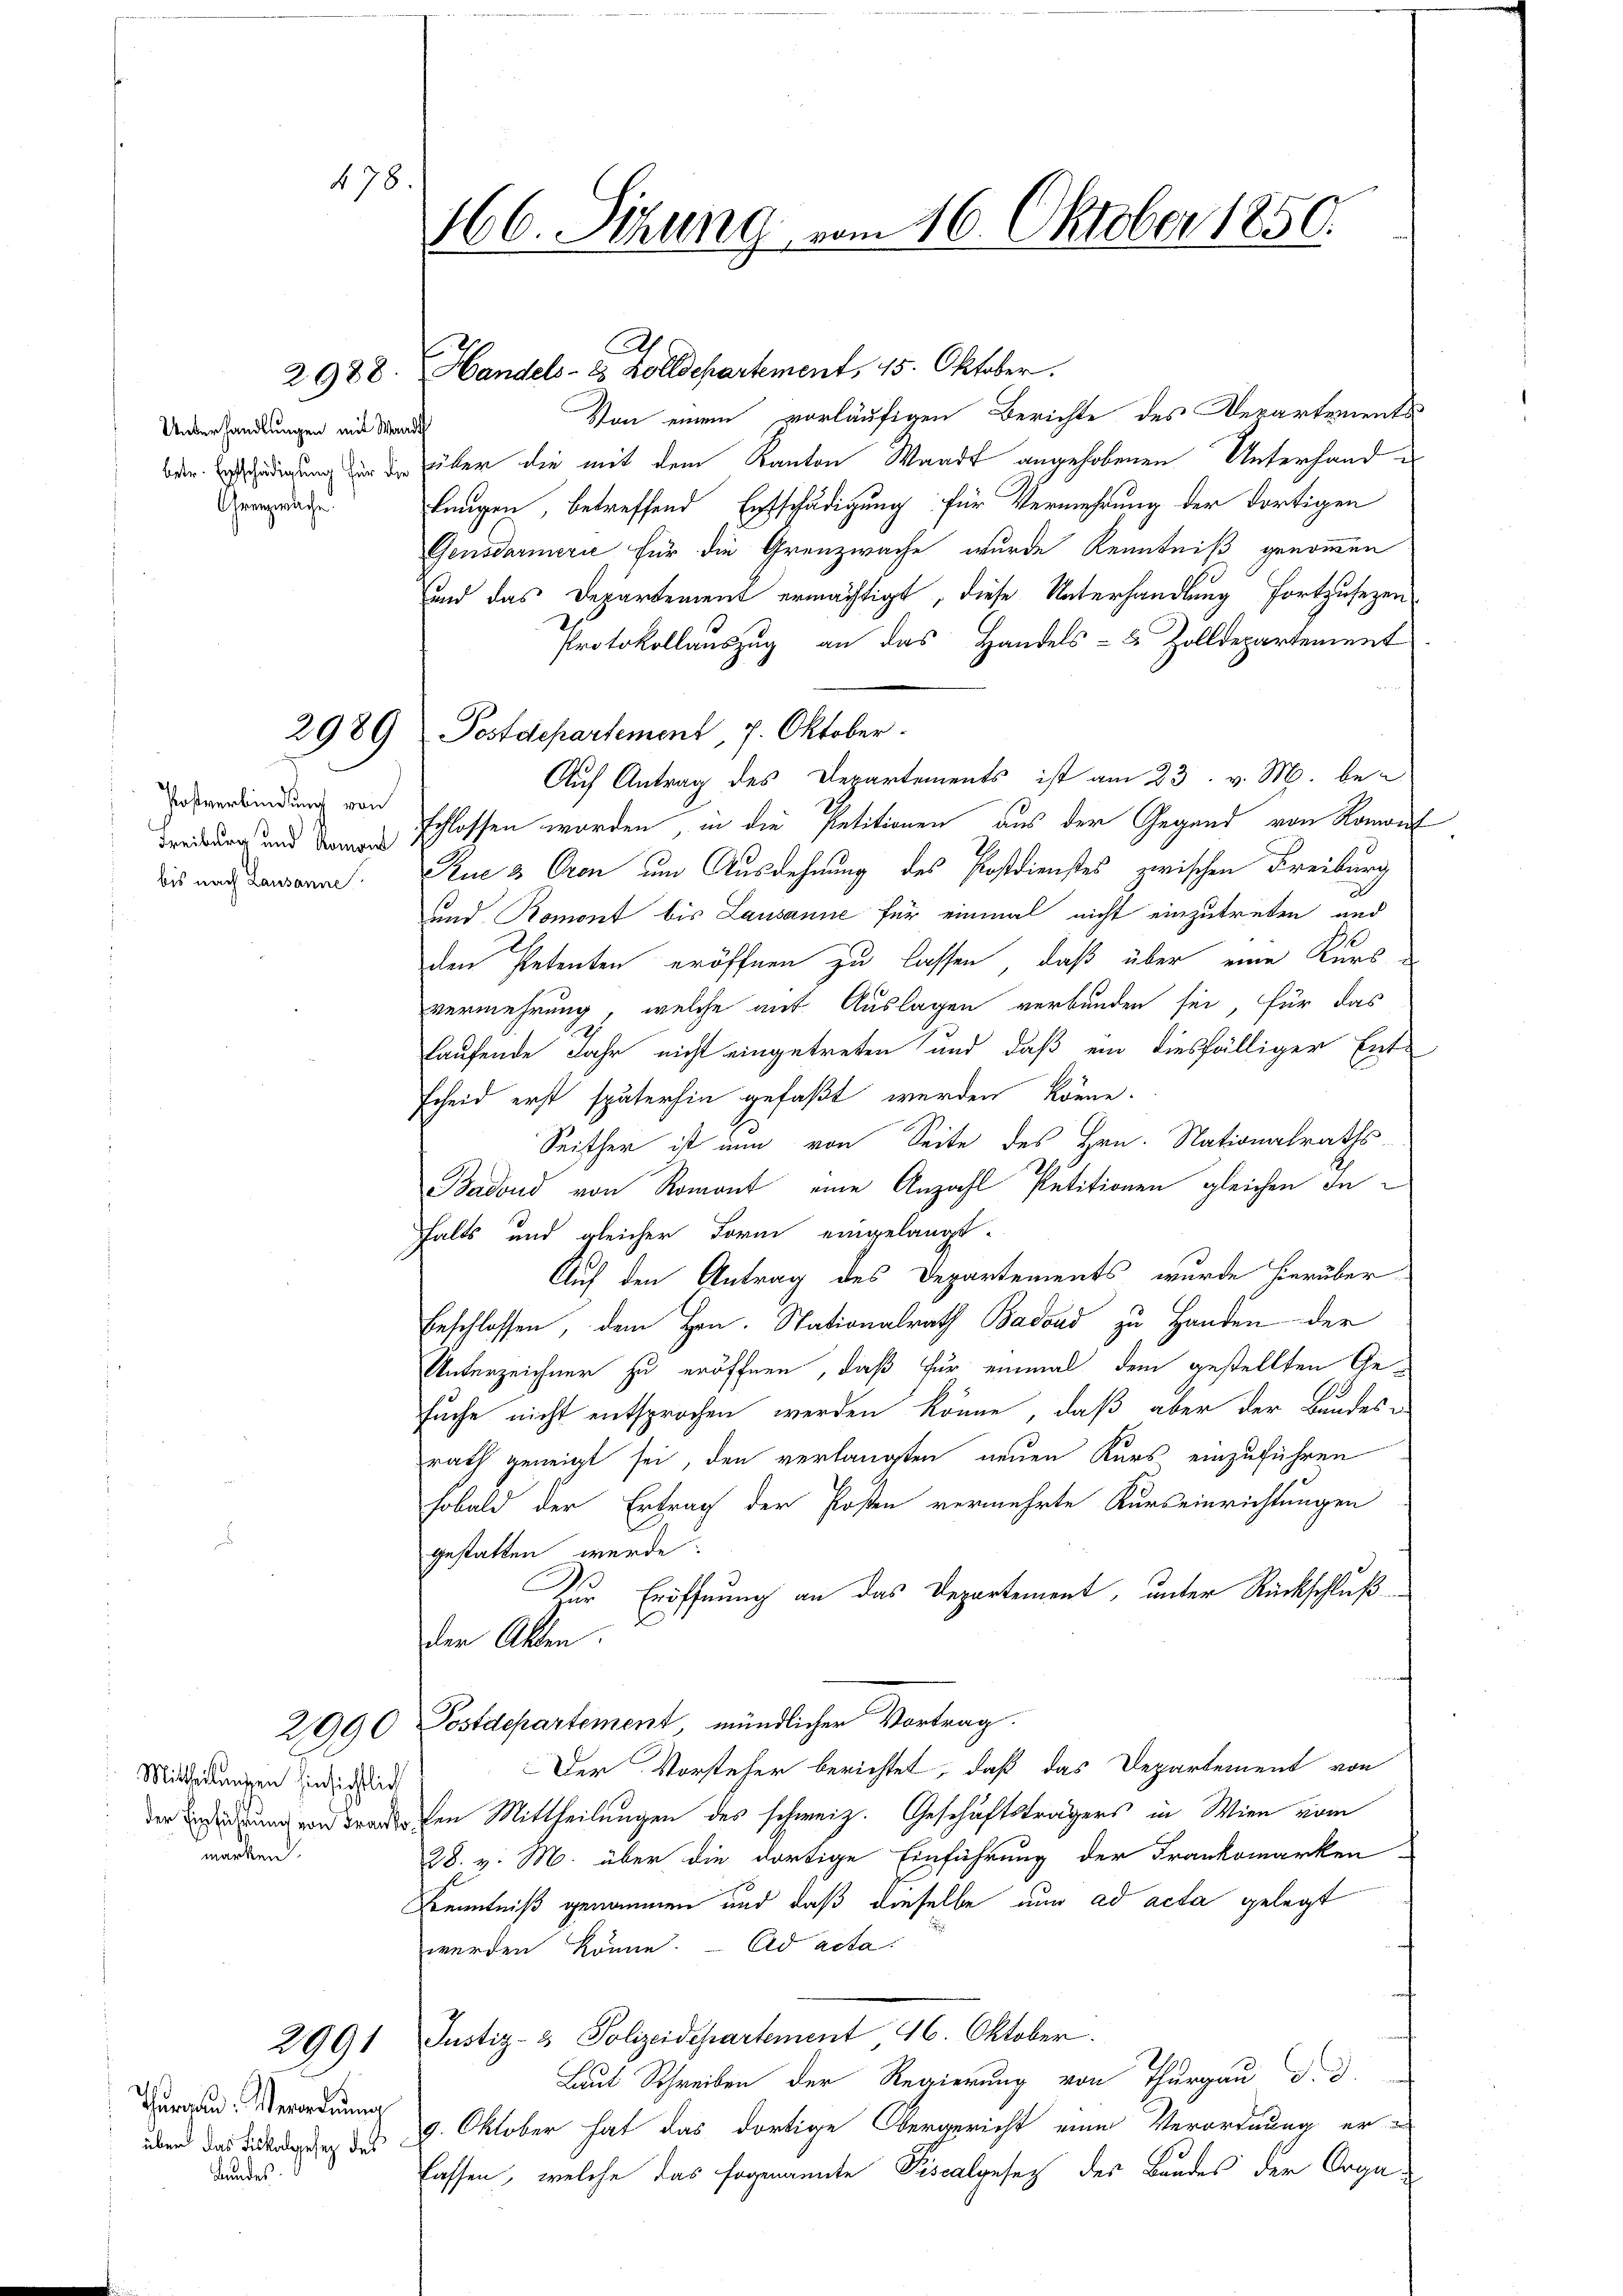
166. Sizung vom 16. Oktober 1850.

478

Unterhandlungen mit Wandth
Chenwache

Postverbindung von

Mittheilungen hinsichtlich
marken.

2091

Thurgau. Verordnung
Bundes

Von einem vorläufigen Berichte des Departements
eredigung in der über die mit dem Kanton Waadt angehobenen Unterhandlungen, betreffend Entschädigung für Vermehrung der dortigen
Gensdarmerie für die Grenzwache wurde Kenntniß genommen
und das Departement ermächtigt, diese Unterhandlung fortzusezen
Protokollauszug an das Handels- & Zolldepartement
2989) Postdepartement, 7. Oktober.
Auf Antrag des Departements ist am 23. v. M. bedreitung und den schlossen worden, in die Patitionen aus der Gegend von Romont
dies und Bewann. Die 3 Oron um Ausdehnung des Postdienstes zwischen Freiburg
und Romont bis Lausanne für einmal nicht einzutreten und
den Petenten eröffnen zu lassen, daß über eine Kurs
vermehrung, welche auf Auslagen verbunden sei, für das
laufende Jahr nicht eingetreten und daß ein diesfälliger Ent-
scheid erst späterhin gefaßt werden könne.
Seither ist nun von Seite des Hrn. Nationalraths-
Badond von Romant eine Anzahl Petitionen gleichen In
Falts und gleicher Form eingelangt.
Auf den Antrag des Departements, wurde hierüber
beschlossen, dem Hrn. Nationalrath Badond zu Handen der
Unterzeichner zu eröffnen, daß für einmal dem gestellten Gesuche nicht entsprochen werden könne, daß aber der Bundes-
rath geneigt sei, den verlangten neuen Kurs einzuführen
Fobald der Ertrag der Posten vermehrte Kurseinrichtungen
gestatten werde.
Zur Eröffnung an das Departement, unter Rückschluß
der Akten
2990 Postdepartement, mündlicher Vortrag.
Der Vorsteher berichtet, daß das Departement von
der Endedrung von Broder den Mittheilungen des schweiz. Geschäftsträgers in Wien vom
28. v. M. über die dortige Einführung der Frankomarken
Kenntniß genommen und daß dieselbe nun ad acta gelegt
werden könne. ad acta
Justiz- & Polizeidepartement 26. Oktober.
Laut Schreiben der Regierung von Thurgau d. d.
über das Bunde des 4. Oktober hat das dortige Obergericht eine Verordnung er-
fassen, welche das sogenannte Piscalgesetz der Bandes der Orga¬

2988. Handels- & Zolldepartement, 15. Oktober.